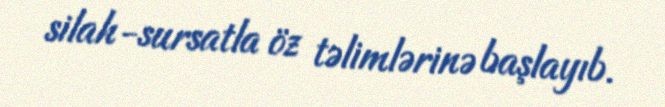
silah-sursatla öz təlimlərinə başlayıb.